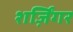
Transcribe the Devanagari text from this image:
शर्ज़िंगर